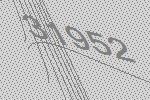
31952